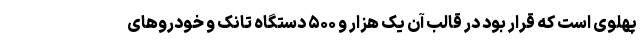
پهلوی است که قرار بود در قالب آن یک هزار و ۵۰۰ دستگاه تانک و خودروهای